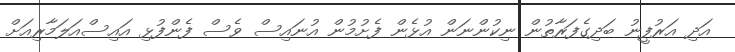
އަދި އަރުފީނު ބަދިގެފަރާތުން ނިކުންނަން އުޅެން ފެށުމުން އުނައިސް ވެސް ފެންފުޅި އައިސްއަލަމާރިއަށް